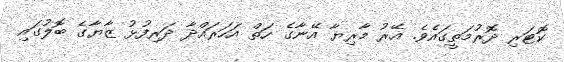
ކޮޓަރި ދޮރުމަތީގައެވެ. އޭރު މާރިޔާ އޭނާގެ ހަތް އަހަރައްދާ ދަރިފުޅު ޒާޔާގެ ބޮލުގައި